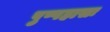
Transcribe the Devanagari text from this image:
पुष्पहासः